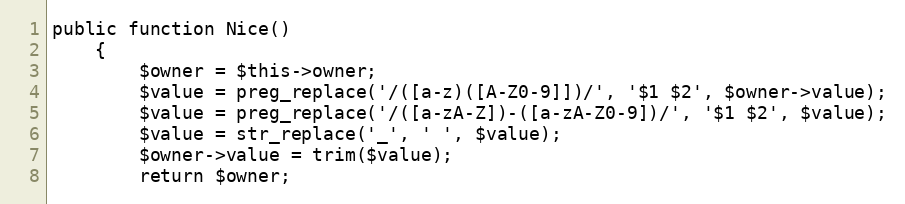
Language: PHP
public function Nice()
    {
        $owner = $this->owner;
        $value = preg_replace('/([a-z)([A-Z0-9]])/', '$1 $2', $owner->value);
        $value = preg_replace('/([a-zA-Z])-([a-zA-Z0-9])/', '$1 $2', $value);
        $value = str_replace('_', ' ', $value);
        $owner->value = trim($value);
        return $owner;